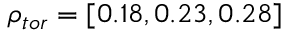
\rho _ { t o r } = [ 0 . 1 8 , 0 . 2 3 , 0 . 2 8 ]